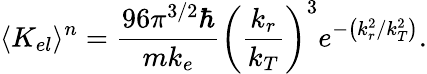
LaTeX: \langle K_{el}\rangle^{n}=\frac{96{\pi}^{3/2}\hbar}{mk_{e}}{\left(\frac{k_{r}}{k_{T}}\right)^{3}}e^{-\left(k_{r}^{2}/k_{T}^{2}\right)}.